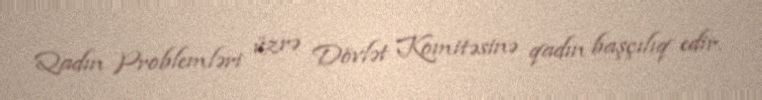
Qadın Problemləri üzrə Dövlət Komitəsinə qadın başçılıq edir.